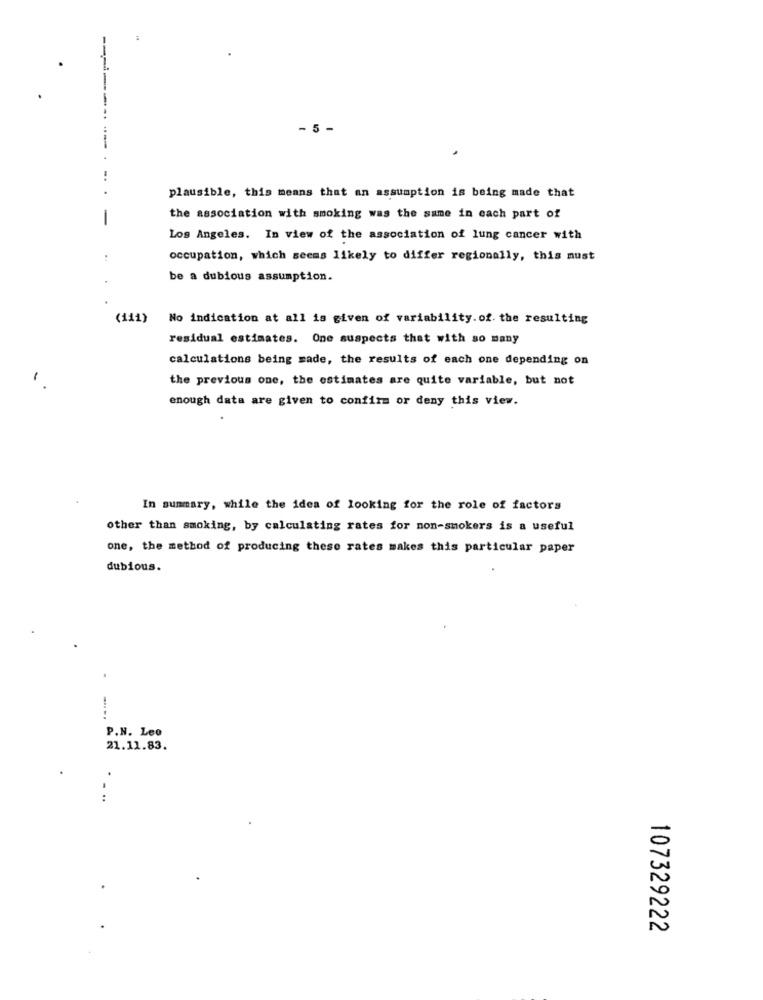
- 5 -
plausible, this means that an assumption is being made that
-
the association with smoking was the same in each part of
Los Angeles. In view of the association of lung cancer with
occupation, which seems likely to differ regionally, this must
be a dubious assumption.
(111)
No indication at all is given of variability. of the resulting
residual estimates. One suspects that with so many
calculations being made, the results of each one depending on
-
the previous one, the estimates are quite variable, but not
enough data are given to confirm or deny this view.
In summary, while the idea of looking for the role of factors
other than smoking, by calculating rates for non-smokers is a useful
one, the method of producing these rates makes this particular paper
dubious.
P.N. Leo
21.11.83.
107329222